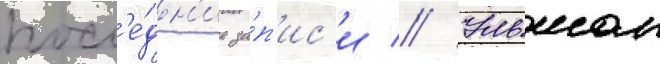
посл'е́дн'ие за́п'ис'и // Ульман